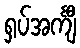
ရှပ်အင်္ကျီ